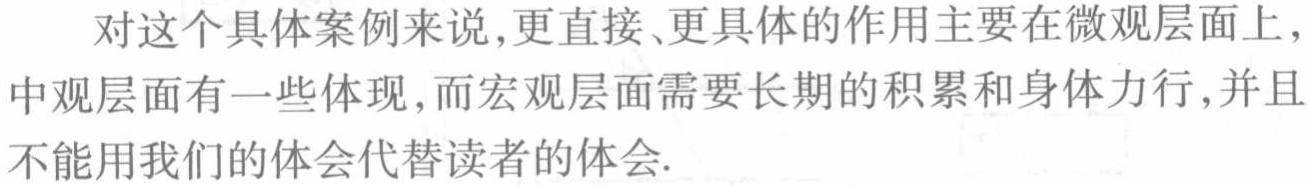
对这个具体案例来说,更直接、更具体的作用主要在微观层面上,中观层面有一些体现,而宏观层面需要长期的积累和身体力行,并且不能用我们的体会代替读者的体会.